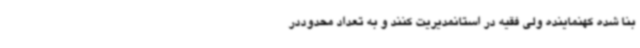
بنا شده کهنماینده ولی فقیه در استانمدیریت کنند و به تعداد محدوددر